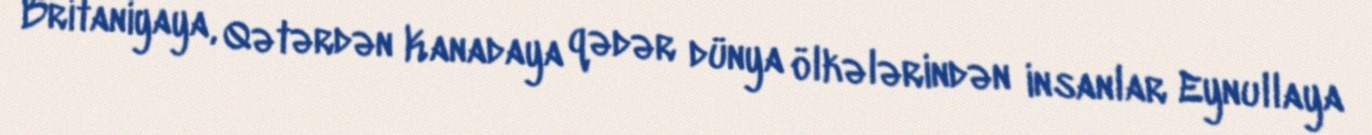
Britaniyaya, Qətərdən Kanadaya qədər dünya ölkələrindən insanlar Eynullaya